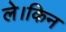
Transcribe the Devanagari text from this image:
ले।किन